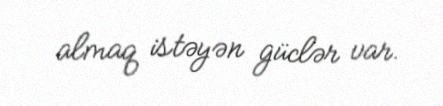
almaq istəyən güclər var.